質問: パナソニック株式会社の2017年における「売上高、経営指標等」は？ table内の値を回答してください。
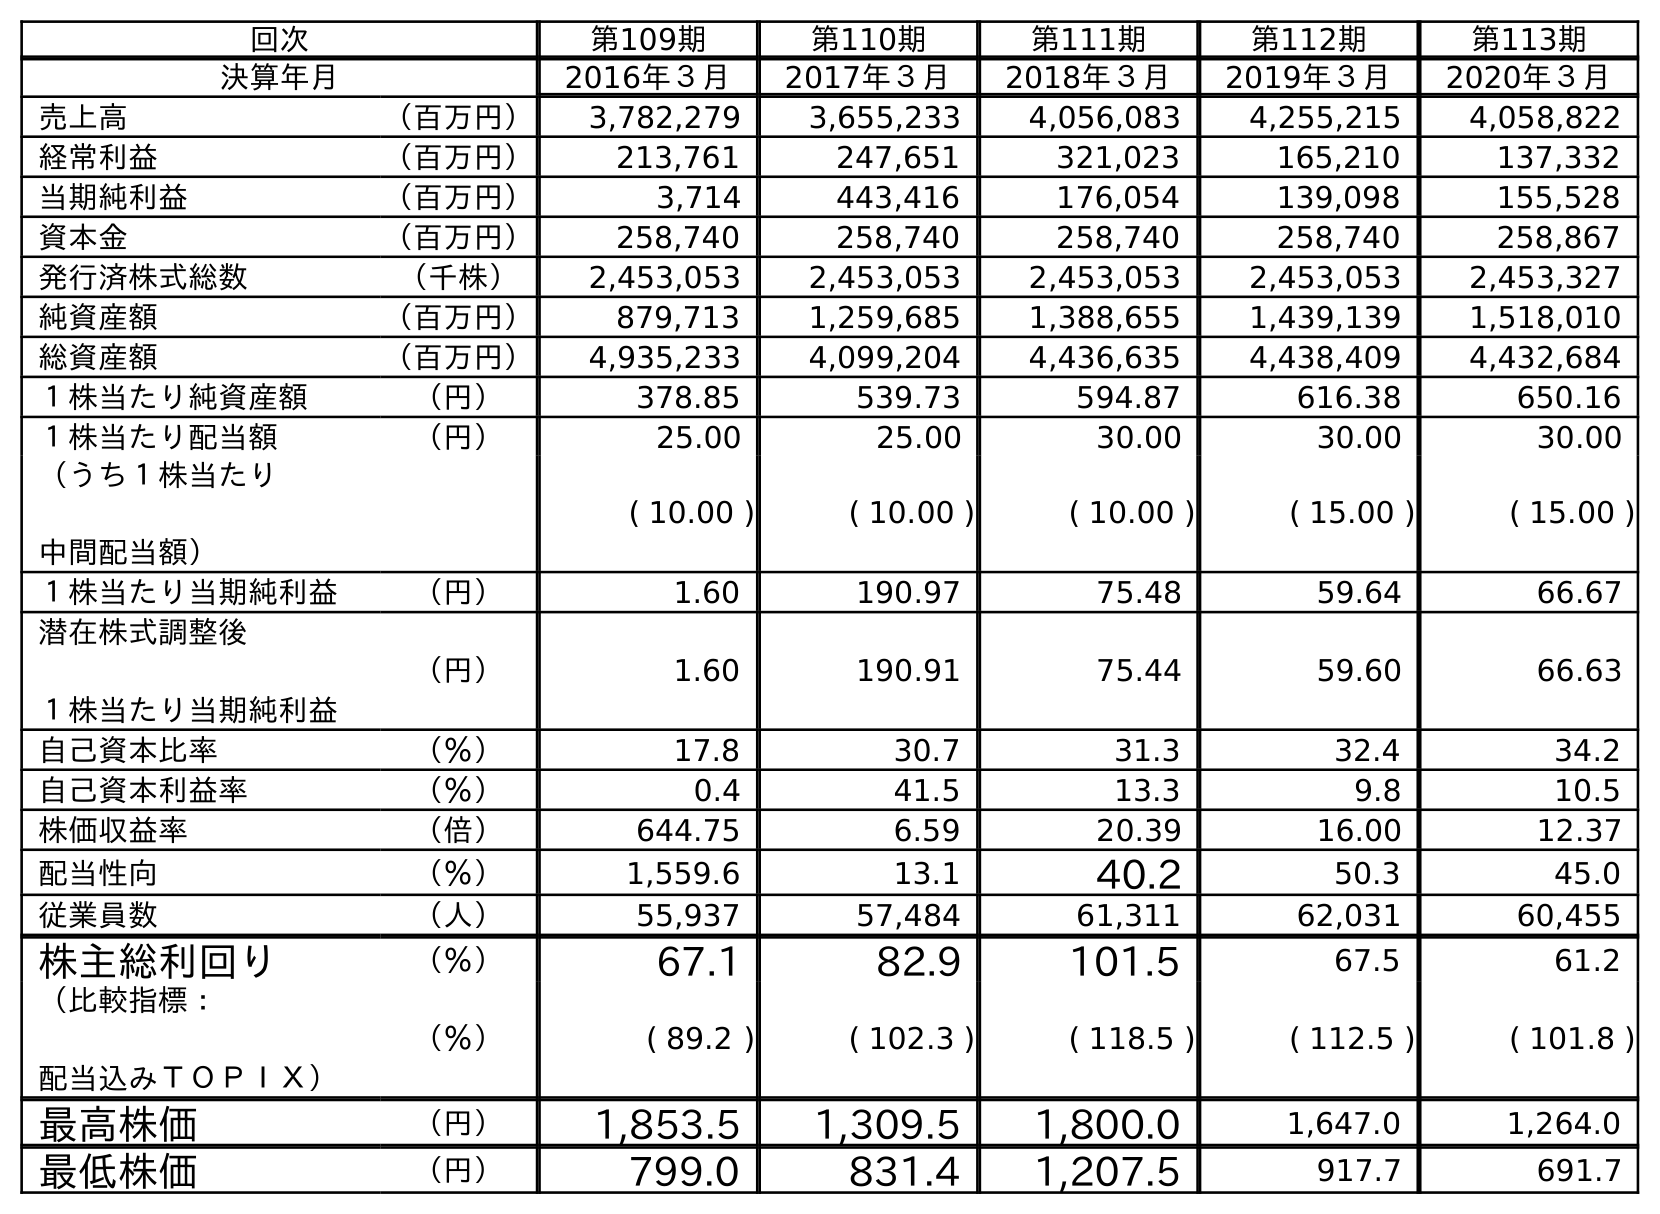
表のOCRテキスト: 回次 第109期 第110期 第111期 第112期 第113期 決算年月 2016年３月 2017年３月 2018年３月 2019年３月 2020年３月 売上高 （百万円） 3,782,279 3,655,233 4,056,083 4,255,215 4,058,822 経常利益 （百万円） 213,761 247,651 321,023 165,210 137,332 当期純利益 （百万円） 3,714 443,416 176,054 139,098 155,528 資本金 （百万円） 258,740 258,740 258,740 258,740 258,867 発行済株式総数 （千株） 2,453,053 2,453,053 2,453,053 2,453,053 2,453,327 純資産額 （百万円） 879,713 1,259,685 1,388,655 1,439,139 1,518,010 総資産額 （百万円） 4,935,233 4,099,204 4,436,635 4,438,409 4,432,684 １株当たり純資産額 （円） 378.85 539.73 594.87 616.38 650.16 １株当たり配当額 （円） 25.00 25.00 30.00 30.00 30.00 （うち１株当たり 中間配当額） ( 10.00 ) ( 10.00 ) ( 10.00 ) ( 15.00 ) ( 15.00 ) １株当たり当期純利益 （円） 1.60 190.97 75.48 59.64 66.67 潜在株式調整後 １株当たり当期純利益 （円） 1.60 190.91 75.44 59.60 66.63 自己資本比率 （％） 17.8 30.7 31.3 32.4 34.2 自己資本利益率 （％） 0.4 41.5 13.3 9.8 10.5 株価収益率 （倍） 644.75 6.59 20.39 16.00 12.37 配当性向 （％） 1,559.6 13.1 40.2 50.3 45.0 従業員数 （人） 55,937 57,484 61,311 62,031 60,455 株主総利回り （％） 67.1 82.9 101.5 67.5 61.2 （比較指標： 配当込みＴＯＰＩＸ） （％） ( 89.2 ) ( 102.3 ) ( 118.5 ) ( 112.5 ) ( 101.8 ) 最高株価 （円） 1,853.5 1,309.5 1,800.0 1,647.0 1,264.0 最低株価 （円） 799.0 831.4 1,207.5 917.7 691.7
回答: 3,655,233